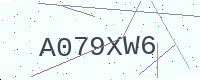
Text: A079XW6